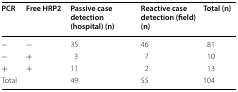
| PCR | Free HRP2 | Passive case detection (hospital) (n) | Reactive case detection (field) (n) | Total (n) |
 | --- | --- | --- | --- | --- |
 | − | − | 35 | 46 | 81 |
 | − | + | 3 | 7 | 10 |
 | + | + | 11 | 2 | 13 |
 | <COLSPAN=2> Total | 49 | 55 | 104 |